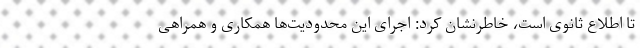
تا اطلاع ثانوی است، خاطرنشان کرد: اجرای این محدودیت‌ها همکاری و همراهی